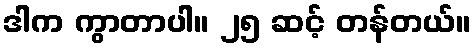
ဒါက ကွာတာပါ။ ၂၅ ဆင့် တန်တယ်။